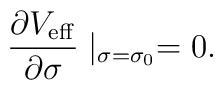
{\partial V_{\rm eff} \over \partial \sigma}       \mid_{\sigma=\sigma_0}=0.